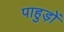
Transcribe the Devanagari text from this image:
पाहुड़ों